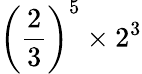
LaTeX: \left({\frac{2}{3}}\right)^{5}\times 2^{3}